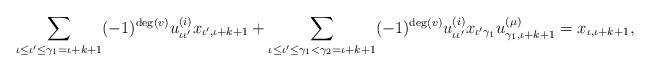
LaTeX: \begin{align*} \displaystyle{\sum_{ \iota \leq \iota' \leq \gamma_1 = \iota + k + 1 }} (-1)^{\deg(v)} u_{\iota\iota'}^{(i)} x_{\iota' , \iota+ k+1} + \displaystyle{\sum_{ \iota \leq \iota' \leq \gamma_1 < \gamma_2 = \iota + k + 1 }} (-1)^{\deg(v)} u_{\iota\iota'}^{(i)} x_{\iota' \gamma_1} u_{\gamma_{1},\iota+k+1}^{(\mu)} = x_{\iota, \iota+k+1}, \end{align*}